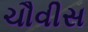
ચૌવીસ